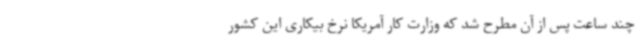
چند ساعت پس از آن مطرح شد که وزارت کار آمریکا نرخ بیکاری این کشور